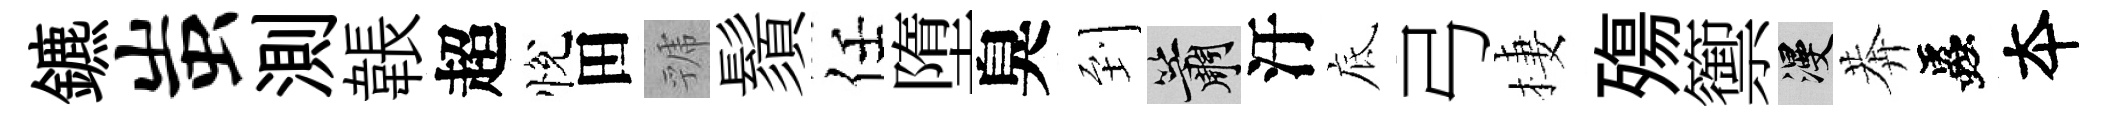
鑣蚩測韔超悅田虢鬚任墮臭到簫汙底弓棲殤籞漫莾蟲夲